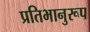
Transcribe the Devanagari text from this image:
प्रतिभानुरूप